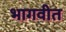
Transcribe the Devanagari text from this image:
भागवीत